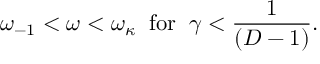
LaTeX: \omega _ { - 1 } < \omega < \omega _ { \kappa } \; \; \mathrm { f o r } \; \; \gamma < \frac { 1 } { ( D - 1 ) } .